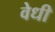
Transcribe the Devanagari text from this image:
वेधी